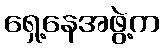
ရှေ့နေအဖွဲ့က